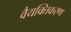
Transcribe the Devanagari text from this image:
वैयक्तिकरण